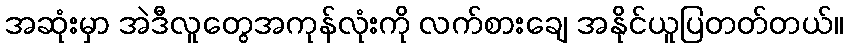
အဆုံးမှာ အဲဒီလူတွေအကုန်လုံးကို လက်စားချေ အနိုင်ယူပြတတ်တယ်။